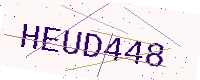
Text: HEUD448